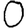
Digit: 0